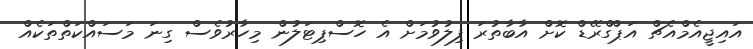
އައިޖީއެމްއެޗް އަޕްގްރޭޑް ކޮށް އާބާތުރަ ފިލުވުމަށް އެ ހޮސްޕިޓަލުން މިހާރުވެސް ގިނަ މަސައްކަތްތަކެއް